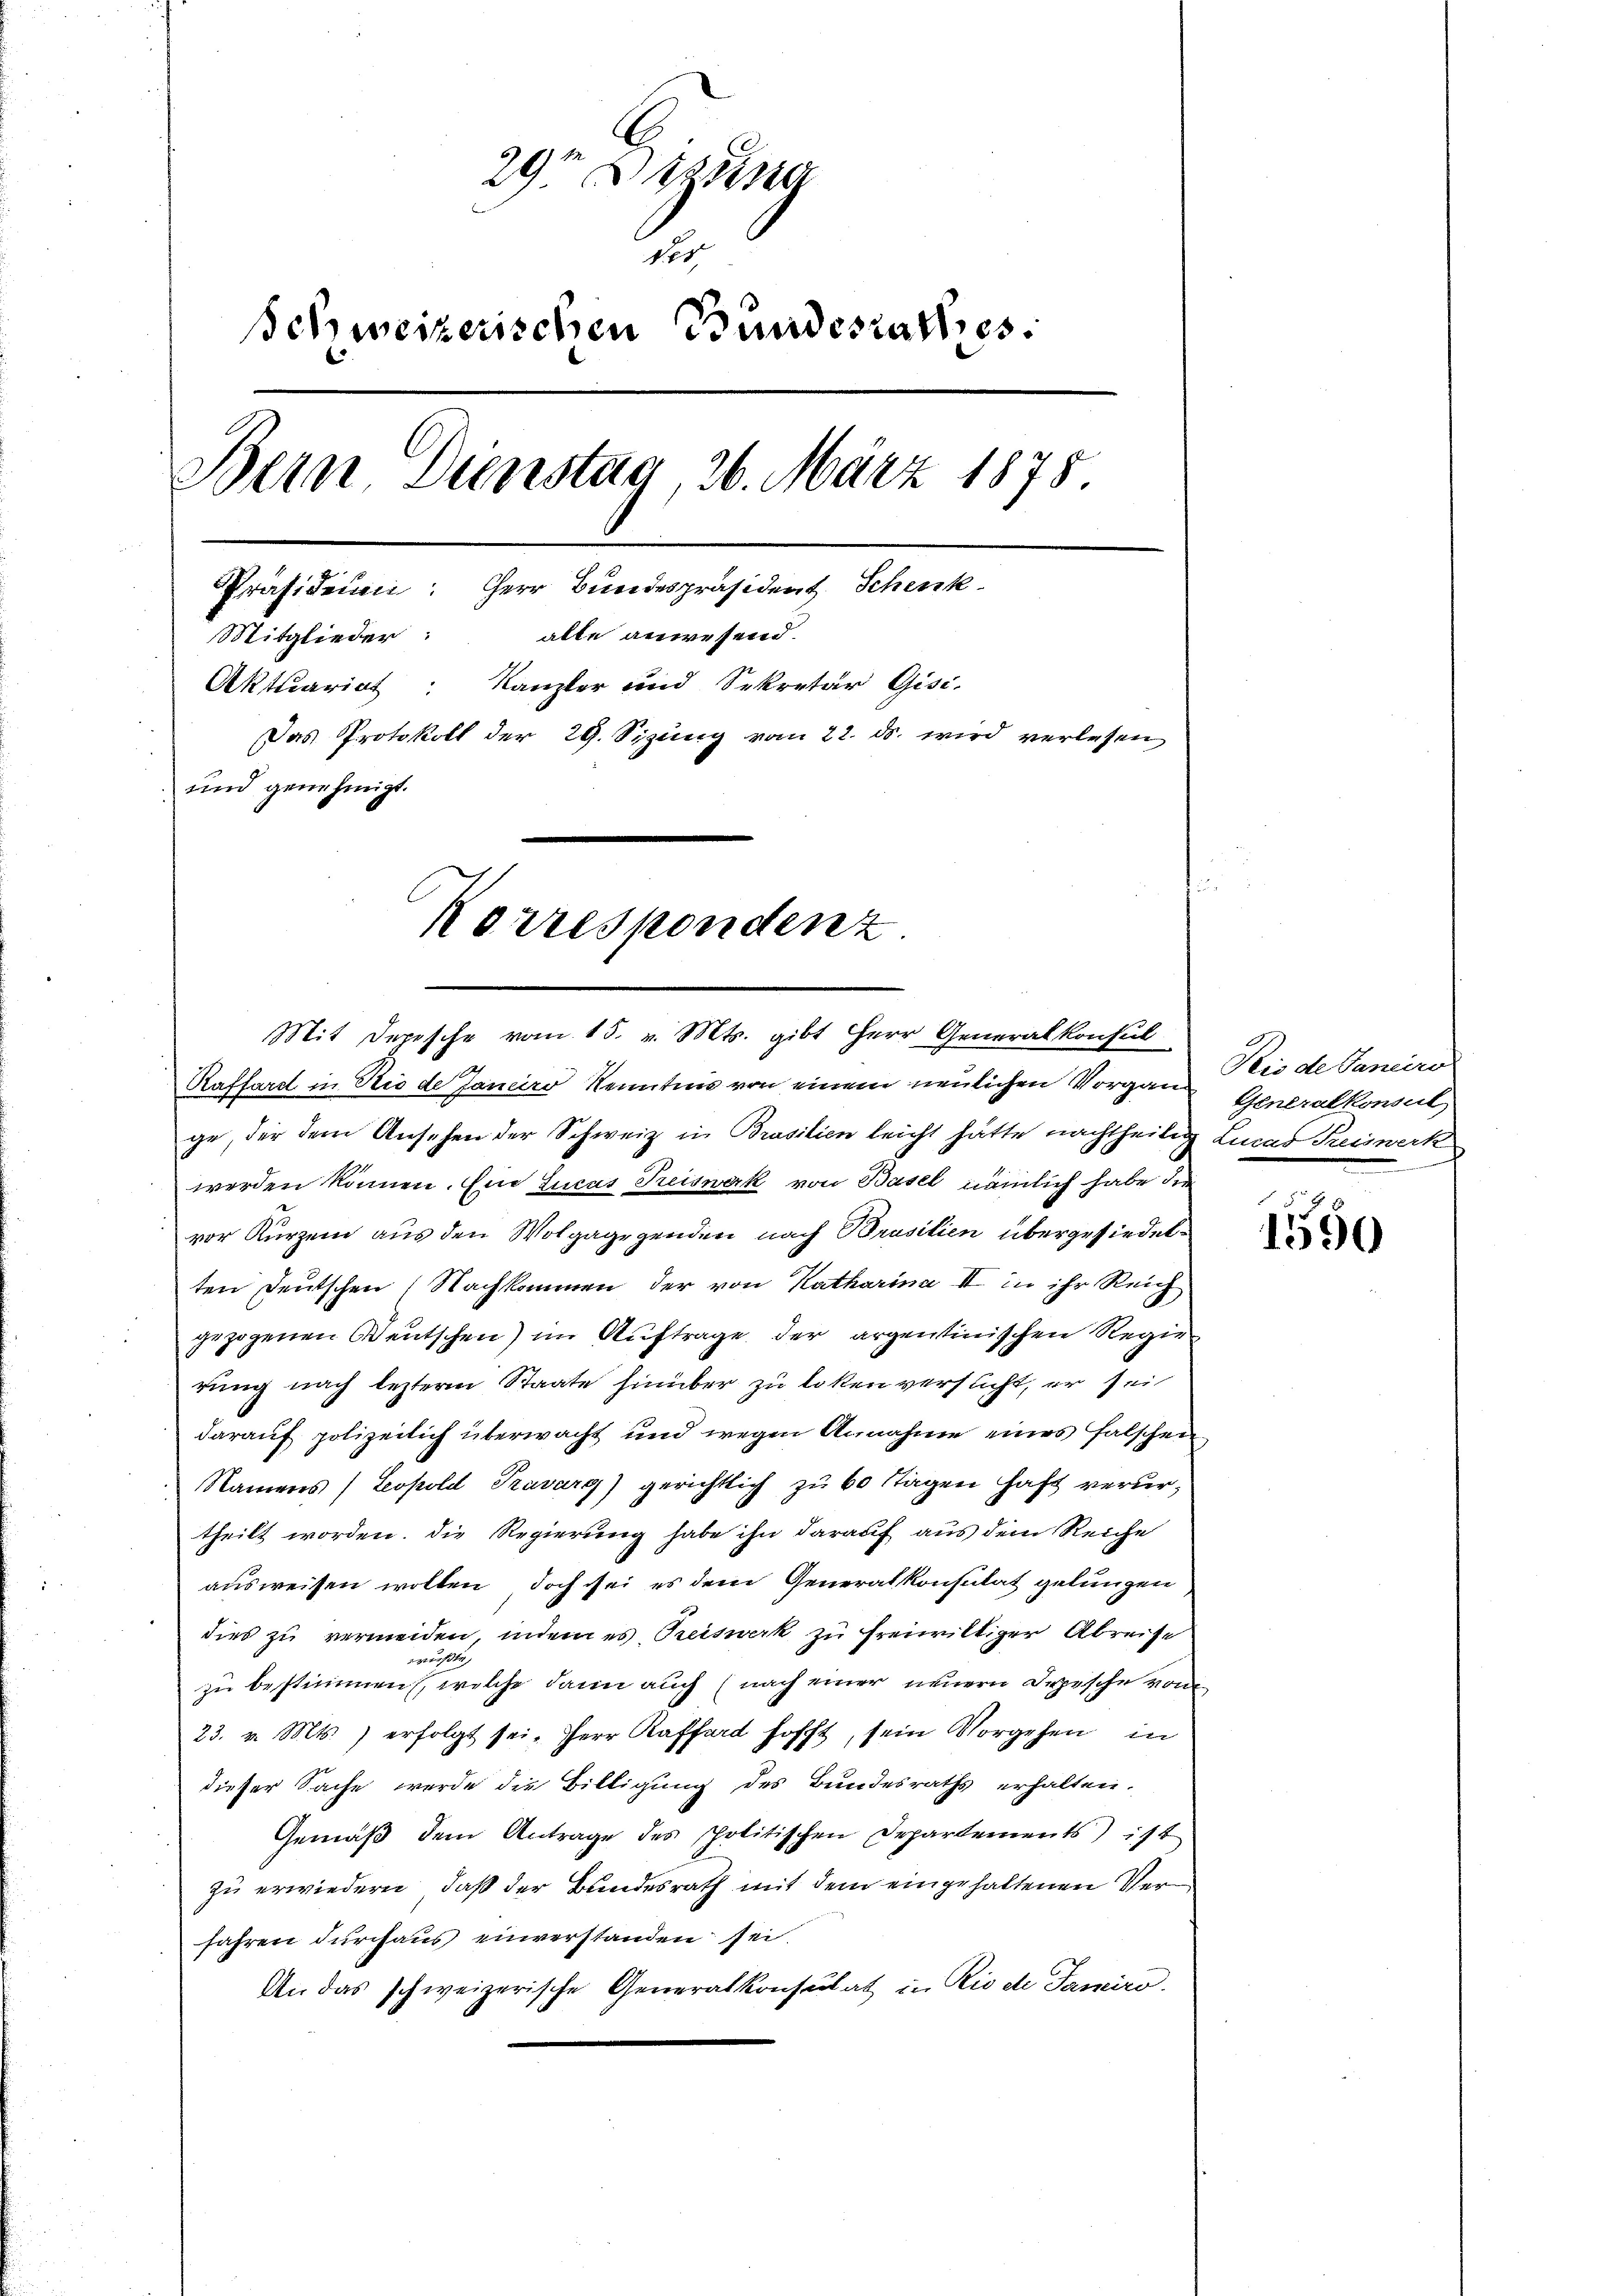
29t Bezug
No 5.
Schweizerischen Bundesrathes:
Bern Dienstag 26. März 1878
Präsidenen: Herr Bundespräsident Schenk
Mitglieder: alle anwesend.
Aktuariat: Kanzler und Sekretär Gisi-
Das Protokoll der 29. Sizung vom 22. ds. wird verlassen
und genehmigt.

Korresponden z

Raffard in Rio de Janeiro Kenntnis von einem neulichen Vorgang
ge, der dem Ansehen der Schweiz in Brasilien leicht hätte nachtheilig Lucas Kreiswerk
werden können. Ein Lucas Preiswerk von Basel nämlich habe der
vor Kurzem aus den Wolgagegenden nach Brasilien übergesiedet.
ten Deutschen Nachkommen der von Katharina II in ihr Reich
gezogenen Reutschen) im Auftrage der argentinischen Regierung nach lezterm Staate hinüber zu loten versucht, er sei
darauf polizeilich überwacht und wegen Annahme eines falschen
Namens (Leopold Szavarg) gerichtlich zu 60 Tagen haft verurtheilt worden. Die Regierung habe ihn darauf aus dem Reiche
ausweisen wollen doch sei es dem Generalkonsulat gelungen
dies zu vermeiden, indem es Preiswerk zu freiwilliger Abreise
wächtlich
zu bestimmen, welche dann auch (nach einer neuern Depesche von
23. v. Mts. erfolgt sei. Herr Kafferd hofft, sein Vorgehen in
dieser Sache werde die Billigung des Bundesraths erhalten.
Gemäβ dem Antrage des spolitischen Departements) ist
zu erwiedern, daß der Bundesrath mit dem eingehaltenen Verfahren durchaus einverstanden sei.
An das schweizerische Generalkonsulat in Rio de Jamiro.

Mit Depesche vom 15. v. Mts. gibt Herr Generalkonsul

Seis de Vaneiro
Generalkonsul
e

1550